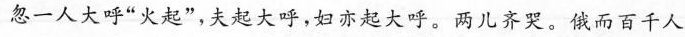
忽一人大呼”火起”，夫起大呼，妇亦起大呼。两儿齐哭。俄而百千人